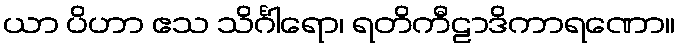
ယာ ပိဟာ ဧသ သိင်္ဂါရော၊ ရတိကီဠာဒိကာရဏော။